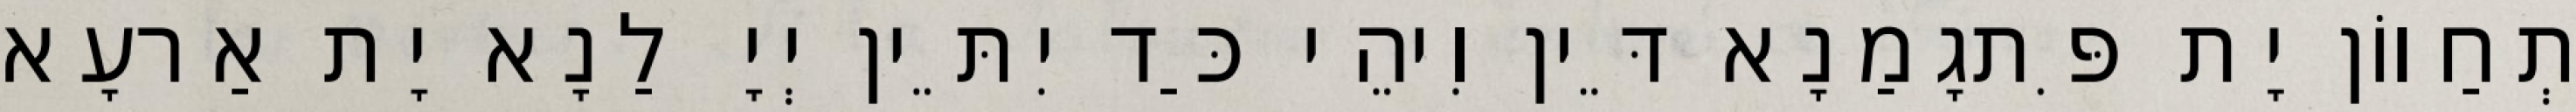
תְחַווֹן יָת פִּתגָמַנָא דֵּין וִיהֵי כַּד יִתֵּין יְיָ לַנָא יָת אַרעָא